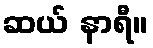
ဆယ် နာရီ။